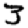
Digit: 3